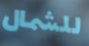
للشمال